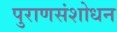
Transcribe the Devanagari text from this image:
पुराणसंशोधन